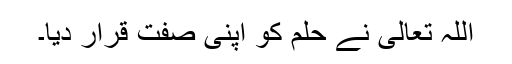
اللہ تعالیٰ نے حلم کو اپنی صفت قرار دیا۔